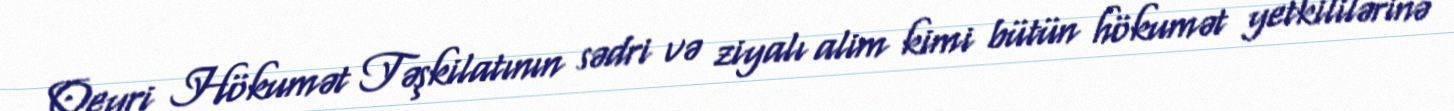
Qeyri Hökumət Təşkilatının sədri və ziyalı alim kimi bütün hökumət yetkililərinə